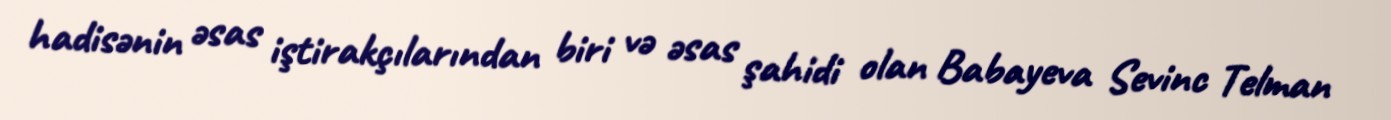
hadisənin əsas iştirakçılarından biri və əsas şahidi olan Babayeva Sevinc Telman